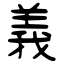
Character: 義